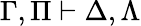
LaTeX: \Gamma,\Pi\vdash\Delta,\Lambda